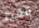
فقط